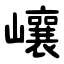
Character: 㠤